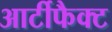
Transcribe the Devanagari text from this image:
आर्टीफैक्ट